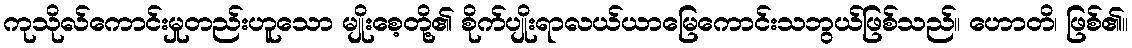
ကုသိုလ်ကောင်းမှုတည်းဟူသော မျိုးစေ့တို့၏ စိုက်ပျိုးရာလယ်ယာမြေကောင်းသဘွယ်ဖြစ်သည်။ ဟောတိ၊ ဖြစ်၏။